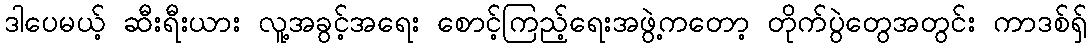
ဒါပေမယ့် ဆီးရီးယား လူ့အခွင့်အရေး စောင့်ကြည့်ရေးအဖွဲ့ကတော့ တိုက်ပွဲတွေအတွင်း ကာဒစ်ရှ်